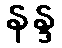
နန္ဒ